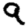
Digit: 9